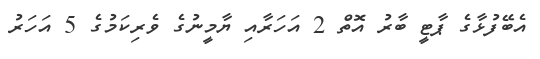
އެބޭފުޅާގެ ޕާޓީ ބާރު އޮތް 2 އަހަރާއި ޔާމީނުގެ ވެރިކަމުގެ 5 އަހަރު